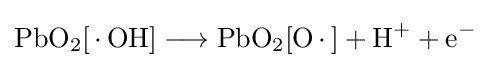
{\mathrm {PbO} {\vphantom {A}}_{\smash[{t}]{2}}[\,{\cdot }\,\mathrm {OH} ]{}\mathrel {\longrightarrow } {}\mathrm {PbO} {\vphantom {A}}_{\smash[{t}]{2}}[\mathrm {O} \,{\cdot }\,]{}+{}\mathrm {H} {\vphantom {A}}^{+}{}+{}\mathrm {e} {\vphantom {A}}^{-}}